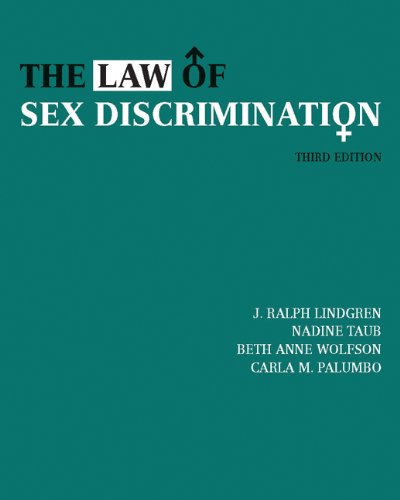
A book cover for The Law of Sex Discrimination; J. Ralph Lindgren; Law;